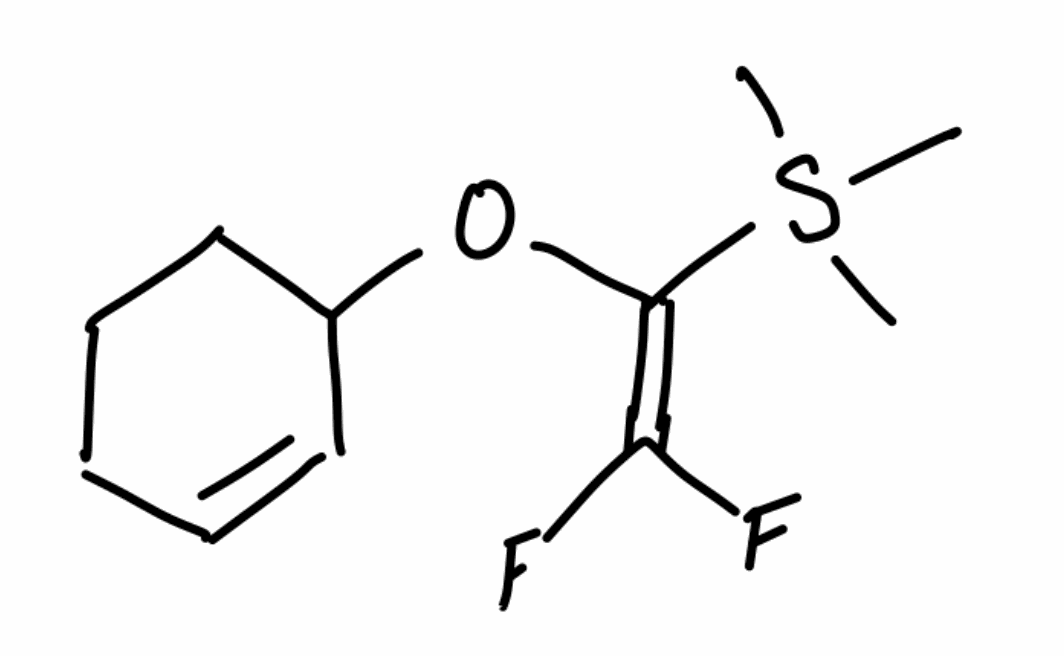
Simplified molecular-input line-entry system (SMILES) notation of the given molecule:
C[Si](C)(C)C(=C(F)F)OC1CCCC=C1